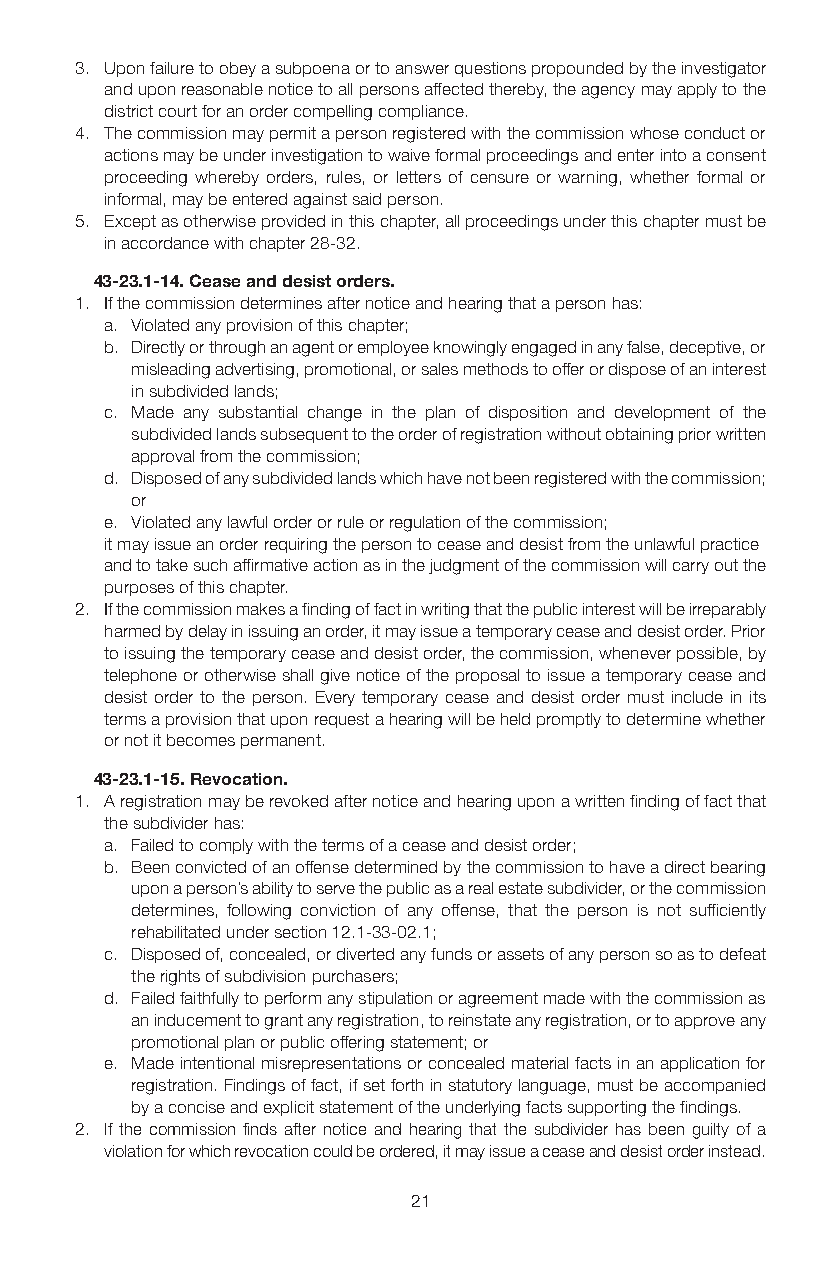
3. Upon failure to obey a subpoena or to answer questions propounded by the investigator
 and upon reasonable notice to all persons affected thereby, the agency may apply to the
 district court for an order compelling compliance.
 4. The commission may permit a person registered with the commission whose conduct or
 actions may be under investigation to waive formal proceedings and enter into a consent
 proceeding whereby orders, rules, or letters of censure or warning, whether formal or
 informal, may be entered against said person.
 5. Except as otherwise provided in this chapter, all proceedings under this chapter must be
 in accordance with chapter 28-32.
 43-23.1-14. Cease and desist orders.
 1. If the commission determines after notice and hearing that a person has:
 a. Violated any provision of this chapter;
 b. Directly or through an agent or employee knowingly engaged in any false, deceptive, or
 misleading advertising, promotional, or sales methods to offer or dispose of an interest
 in subdivided lands;
 c. Made any substantial change in the plan of disposition and development of the
 subdivided lands subsequent to the order of registration without obtaining prior written
 approval from the commission;
 d. Disposed of any subdivided lands which have not been registered with the commission;
 or
 e. Violated any lawful order or rule or regulation of the commission;
 it may issue an order requiring the person to cease and desist from the unlawful practice
 and to take such affirmative action as in the judgment of the commission will carry out the
 purposes of this chapter.
 2. If the commission makes a finding of fact in writing that the public interest will be irreparably
 harmed by delay in issuing an order, it may issue a temporary cease and desist order. Prior
 to issuing the temporary cease and desist order, the commission, whenever possible, by
 telephone or otherwise shall give notice of the proposal to issue a temporary cease and
 desist order to the person. Every temporary cease and desist order must include in its
 terms a provision that upon request a hearing will be held promptly to determine whether
 or not it becomes permanent.
 43-23.1-15. Revocation.
 1. A registration may be revoked after notice and hearing upon a written finding of fact that
 the subdivider has:
 a. Failed to comply with the terms of a cease and desist order;
 b. Been convicted of an offense determined by the commission to have a direct bearing
 upon a person’s ability to serve the public as a real estate subdivider, or the commission
 determines, following conviction of any offense, that the person is not sufficiently
 rehabilitated under section 12.1-33-02.1;
 c. Disposed of, concealed, or diverted any funds or assets of any person so as to defeat
 the rights of subdivision purchasers;
 d. Failed faithfully to perform any stipulation or agreement made with the commission as
 an inducement to grant any registration, to reinstate any registration, or to approve any
 promotional plan or public offering statement; or
 e. Made intentional misrepresentations or concealed material facts in an application for
 registration. Findings of fact, if set forth in statutory language, must be accompanied
 by a concise and explicit statement of the underlying facts supporting the findings.
 2. If the commission finds after notice and hearing that the subdivider has been guilty of a
 violation for which revocation could be ordered, it may issue a cease and desist order instead.
 21